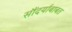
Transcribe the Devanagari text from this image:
सौंदर्याबाबत